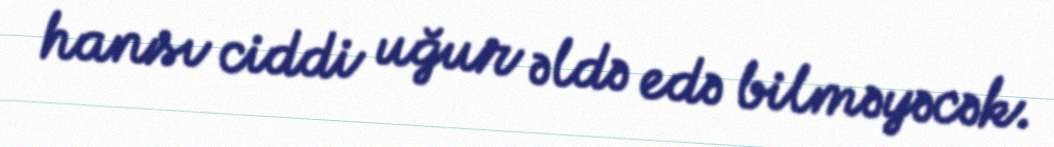
hansı ciddi uğur əldə edə bilməyəcək.